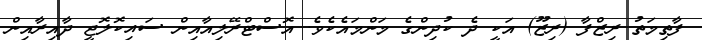
ފާތިމަތު ރިޒްފާ (ރިޒޫ) އަކީ ދެ ކުދިންގެ މަންމައެކެވެ. އޮސްޓްރޭލިއާއިން ސައިކޮލޮޖީ ދާއިރާއިން